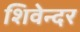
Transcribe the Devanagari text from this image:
शिवेन्दर